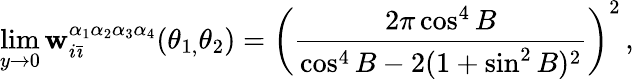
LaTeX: \operatorname*{lim}_{y\rightarrow0}\mathbf{w}_{i\bar{{\imath}}}^{\alpha_{1}\alpha_{2}\alpha_{3}\alpha_{4}}(\theta_{1,}\theta_{2})=\left(\frac{{2\pi\cos^{4}B}}{{\cos^{4}B-2(1+\sin^{2}B)^{2}}}\right)^{2}\, ,